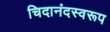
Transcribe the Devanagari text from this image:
चिदानंदस्वरूप